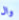
وال